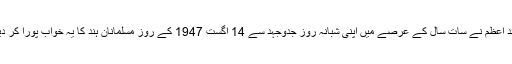
قائد اعظمؒ نے سات سال کے عرصے میں اپنی شبانہ روز جدوجہد سے 14 اگست 1947 کے روز مسلمانان ہند کا یہ خواب پورا کر دیا ۔